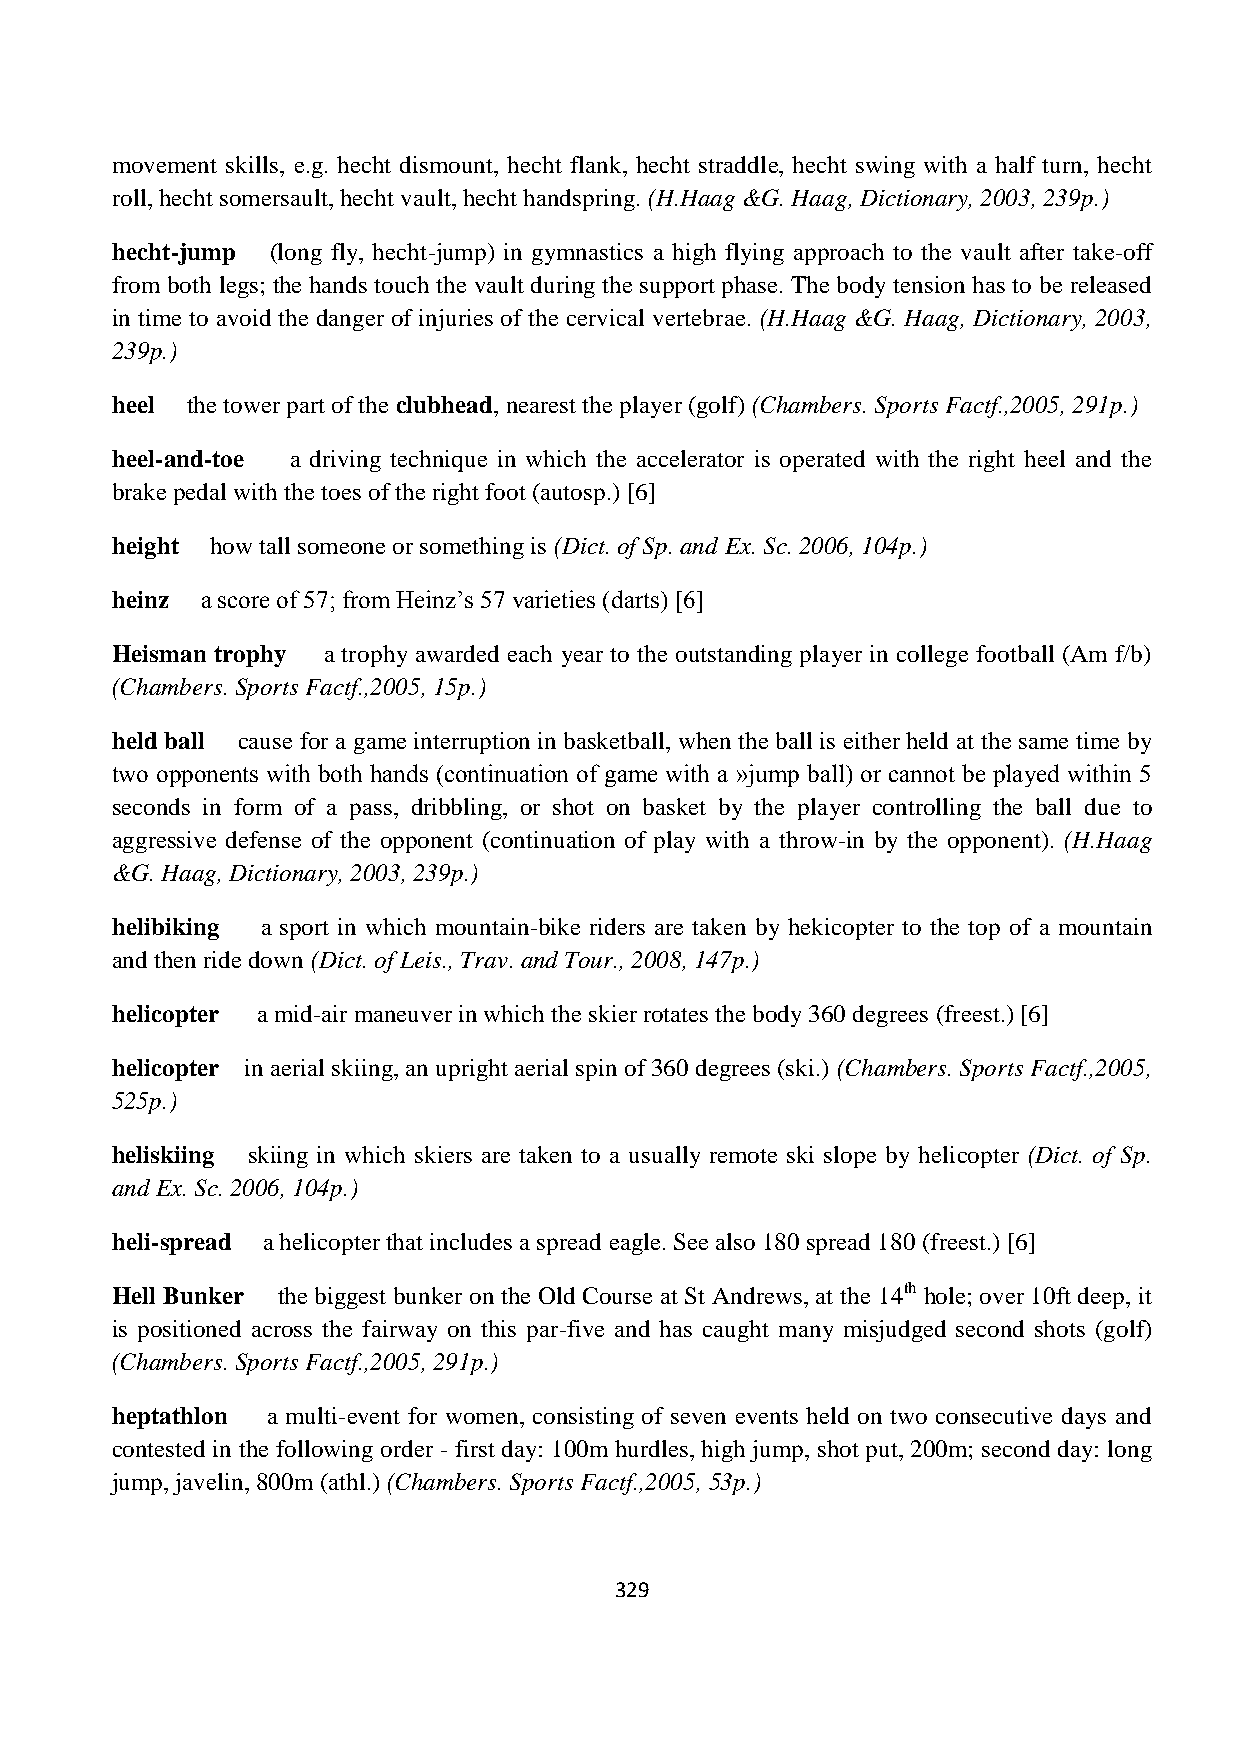
movement skills, e.g. hecht dismount, hecht flank, hecht straddle, hecht swing with a half turn, hecht
 roll, hecht somersault, hecht vault, hecht handspring. (H.Haag &G. Haag, Dictionary, 2003, 239p.)
 hecht-jump (long fly, hecht-jump) in gymnastics a high flying approach to the vault after take-off
 from both legs; the hands touch the vault during the support phase. The body tension has to be released
 in time to avoid the danger of injuries of the cervical vertebrae. (H.Haag &G. Haag, Dictionary, 2003,
 239p.)
 heel the tower part of the clubhead, nearest the player (golf) (Chambers. Sports Factf.,2005, 291p.)
 heel-and-toe a driving technique in which the accelerator is operated with the right heel and the
 brake pedal with the toes of the right foot (autosp.) [6]
 height how tall someone or something is (Dict. of Sp. and Ex. Sc. 2006, 104p.)
 heinz a score of 57; from Heinz‟s 57 varieties (darts) [6]
 Heisman trophy a trophy awarded each year to the outstanding player in college football (Am f/b)
 (Chambers. Sports Factf.,2005, 15p.)
 held ball cause for a game interruption in basketball, when the ball is either held at the same time by
 two opponents with both hands (continuation of game with a »jump ball) or cannot be played within 5
 seconds in form of a pass, dribbling, or shot on basket by the player controlling the ball due to
 aggressive defense of the opponent (continuation of play with a throw-in by the opponent). (H.Haag
 &G. Haag, Dictionary, 2003, 239p.)
 helibiking a sport in which mountain-bike riders are taken by hekicopter to the top of a mountain
 and then ride down (Dict. of Leis., Trav. and Tour., 2008, 147p.)
 helicopter a mid-air maneuver in which the skier rotates the body 360 degrees (freest.) [6]
 helicopter in aerial skiing, an upright aerial spin of 360 degrees (ski.) (Chambers. Sports Factf.,2005,
 525p.)
 heliskiing skiing in which skiers are taken to a usually remote ski slope by helicopter (Dict. of Sp.
 and Ex. Sc. 2006, 104p.)
 heli-spread a helicopter that includes a spread eagle. See also 180 spread 180 (freest.) [6]
 Hell Bunker the biggest bunker on the Old Course at St Andrews, at the 14th hole; over 10ft deep, it
 is positioned across the fairway on this par-five and has caught many misjudged second shots (golf)
 (Chambers. Sports Factf.,2005, 291p.)
 heptathlon a multi-event for women, consisting of seven events held on two consecutive days and
 contested in the following order - first day: 100m hurdles, high jump, shot put, 200m; second day: long
 jump, javelin, 800m (athl.) (Chambers. Sports Factf.,2005, 53p.)
 329